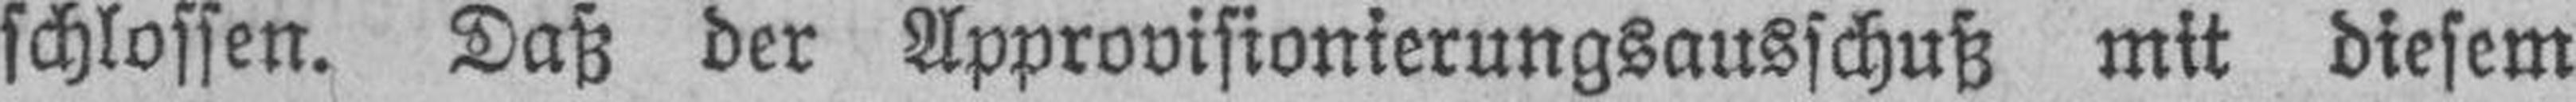
schlossen. Daß der Approvisionierungsausschuß mit diesem